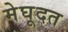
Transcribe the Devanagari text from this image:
मेघूदत